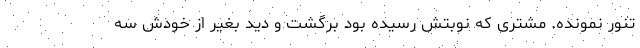
تنور نمونده. مشتری که نوبتش رسیده بود برگشت و دید بغیر از خودش سه